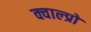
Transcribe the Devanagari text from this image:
क्वाल्प्रो